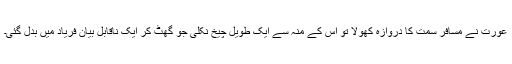
عورت نے مسافر سمت کا دروازہ کھولا تو اس کے منہ سے ایک طویل چیخ نکلی جو گھٹ کر ایک ناقابلِ بیان فریاد میں بدل گئی۔